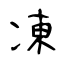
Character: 凍